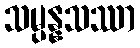
သမ္ပန္နသဿာ